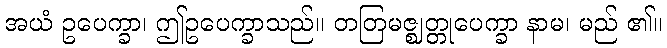
အယံ ဥပေက္ခာ၊ ဤဥပေက္ခာသည်။ တတြမဇ္ဈတ္တုပေက္ခာ နာမ၊ မည် ၏။